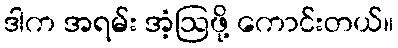
ဒါက အရမ်း အံ့ဩဖို့ ကောင်းတယ်။